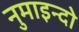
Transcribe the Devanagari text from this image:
नुमाइन्दो